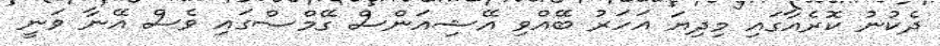
ދެކުނު ކޮރެއާގައި މިދިޔަ އަހަރު ބޭއްވި އޭޝިއަންސް ގޭމްސްގައި ވެސް އޭނާ ވަނީ